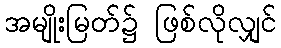
အမျိုးမြတ်၌ ဖြစ်လိုလျှင်